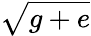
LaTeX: \sqrt{g+e}